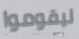
ليقوموا